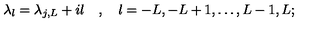
\lambda _ { l } = \lambda _ { j , L } + i l \quad , \quad l = - L , - L + 1 , \dots , L - 1 , L ;